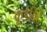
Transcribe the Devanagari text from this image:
कूडेविदे